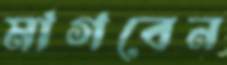
মাগবেন